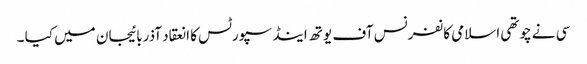
سی نے چوتھی اسلامی کانفرنس آف یوتھ اینڈ سپورٹس کا انعقاد آذربائیجان میں کیا ۔